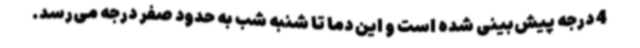
4 درجه پیش‌بینی شده است و این دما تا شنبه شب به حدود صفر درجه می‌رسد.